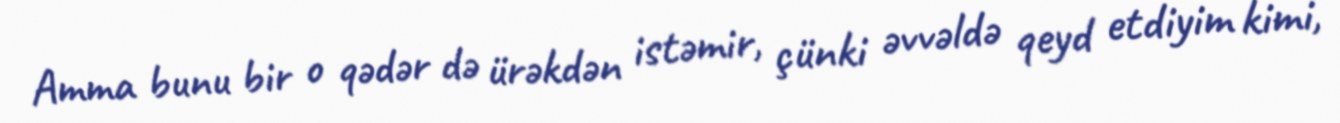
Amma bunu bir o qədər də ürəkdən istəmir, çünki əvvəldə qeyd etdiyim kimi,